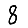
Digit: 8